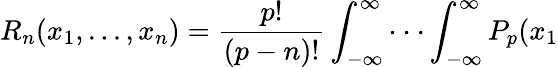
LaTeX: R_{n}(x_{1},...,x_{n})=\frac{p!}{\left(p-n\right)!}\int_{-\infty}^{\infty}\cdot\cdot\cdot\int_{-\infty}^{\infty}P_{p}(x_{1}